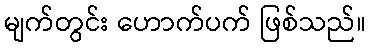
မျက်တွင်း ဟောက်ပက် ဖြစ်သည်။